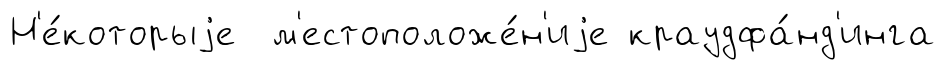
Н'е́которыjе м'естоположе́н'иjе краудфа́нд'инга